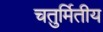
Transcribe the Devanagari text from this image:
चतुर्मितीय